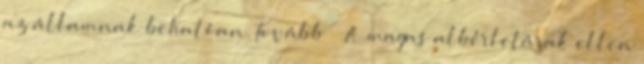
az államnak behatóan. Tovább › ›A magas albérletárak ellen